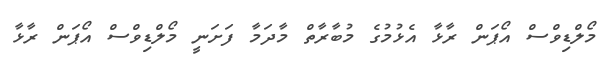
މޯލްޑިވްސް އޯޕަން ރާޅާ އެޅުމުގެ މުބާރާތް މާދަމާ ފަށަނީ މޯލްޑިވްސް އޯޕަން ރާޅާ